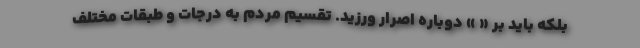
بلکه باید بر « » دوباره اصرار ورزید. تقسیم مردم به درجات و طبقات مختلف